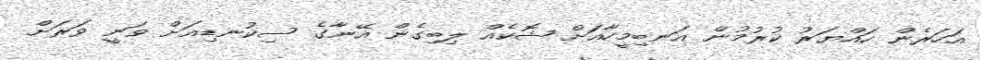
އަހަރެން ހައްޔަރު ކުރުމުން އަނބިމީހާއަށް ޝޮކެއް ލިބިގެން އޭނާގެ ސިކުނޑިއަށް ވަނީ ވަރަށް